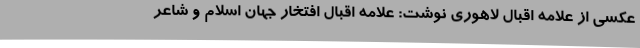
عکسی از علامه اقبال لاهوری نوشت: علامه اقبال افتخار جهان اسلام و شاعر